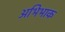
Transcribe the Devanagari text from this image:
अभिभाक